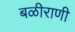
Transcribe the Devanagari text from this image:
बळीराणी